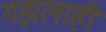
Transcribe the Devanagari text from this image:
गझलाही